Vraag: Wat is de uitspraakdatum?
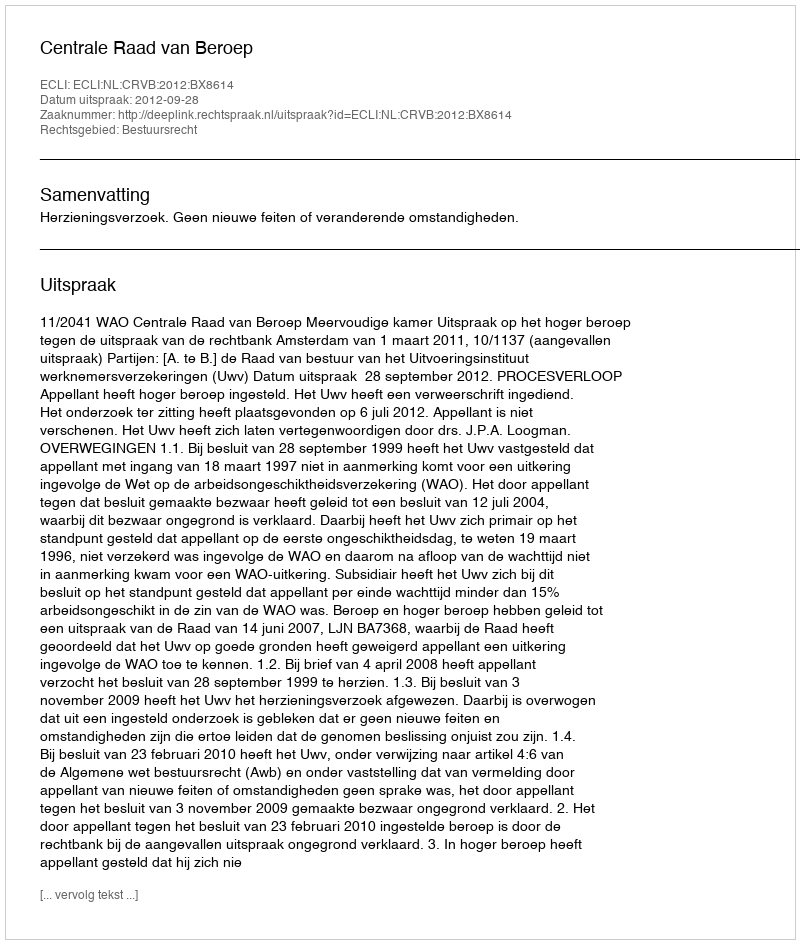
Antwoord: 2012-09-28